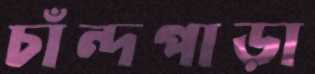
চাঁন্দপাড়া